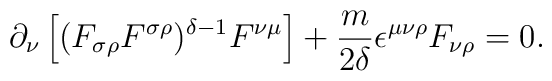
\partial_{\nu } \left[ (F_{\sigma \rho }F^{\sigma \rho } )^{\delta -1} F^{\nu \mu} \right] +\frac{m}{2 \delta } \epsilon^{\mu \nu \rho } F_{\nu \rho } =0.